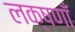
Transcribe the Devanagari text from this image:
लक्षणाँ